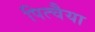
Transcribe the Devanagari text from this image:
पित्चैया